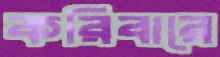
করিবারে